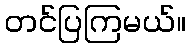
တင်ပြကြမယ်။